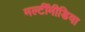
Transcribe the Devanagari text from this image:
मल्टींमीडिया